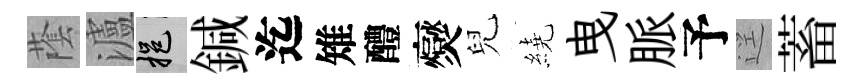
䕃瀘挹鍼迄雉醴爕兒繞曳脈予逕蓄